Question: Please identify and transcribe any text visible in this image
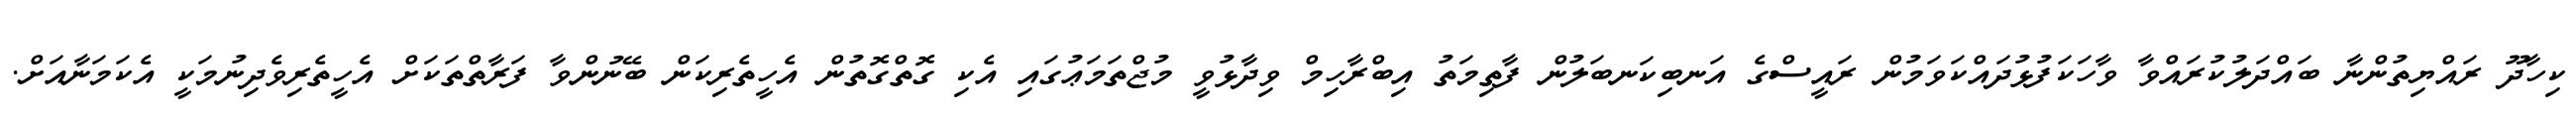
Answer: ކިހާދޫ ރައްޔިތުންނާ ބައްދަލުކުރައްވާ ވާހަކަފުޅުދައްކަވަމުން ރައީސްގެ އަނބިކަނބަލުން ފާތިމަތު އިބްރާހިމް ވިދާޅުވީ މުޖްތަމަޢުގައި އެކި ގޮތްގޮތުން އެހީތެރިކަން ބޭނުންވާ ފަރާތްތަކަށް އެހީތެރިވެދިނުމަކީ އެކަމަނާއަށް.